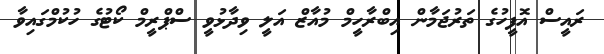
ރައީސް އޮފީހުގެ ތަރުޖަމާން އިބްރާހީމް މުއާޒް އަލީ ވިދާޅުވީ ސްޕްރީމް ކޯޓުގެ ހުކުމްގައިވާ